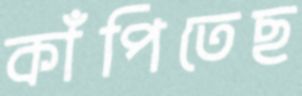
কাঁপিতেছ